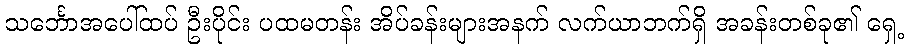
သင်္ဘောအပေါ်ထပ် ဦးပိုင်း ပထမတန်း အိပ်ခန်းများအနက် လက်ယာဘက်ရှိ အခန်းတစ်ခု၏ ရှေ့